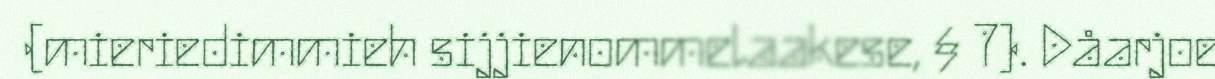
(mieriedimmieh sijjienommelaakese, § 7). Dåarjoe